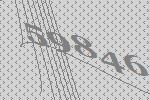
59846